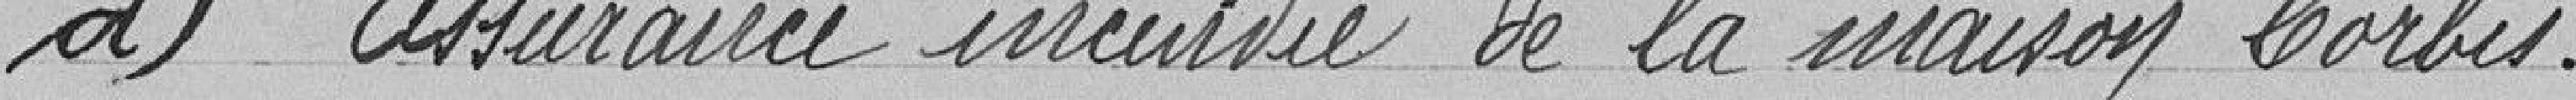
d) assurance incendie de la maison Corbis